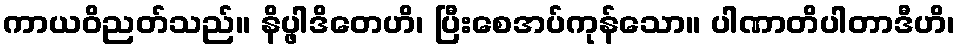
ကာယဝိညတ်သည်။ နိပ္ဖါဒိတေဟိ၊ ပြီးစေအပ်ကုန်သော။ ပါဏာတိပါတာဒီဟိ၊